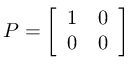
P = { \left[ \begin{array} { l l } { 1 } & { 0 } \\ { 0 } & { 0 } \end{array} \right] }